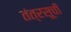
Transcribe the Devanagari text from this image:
तंत्रसूची